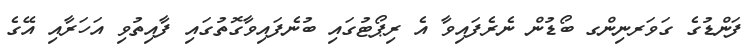
ފަންޑުގެ ގަވަރނިންގ ބޯޑުން ނެރެފައިވާ އެ ރިޕޯޓުގައި ބުނެފައިވާގޮތުގައި ފާއިތުވި އަހަރާއި އޭގެ